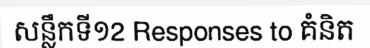
សន្លឹកទី១2 Responses to គំនិត